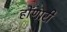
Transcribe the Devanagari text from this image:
होंणारी